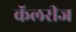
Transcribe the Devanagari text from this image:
कॅलरीज